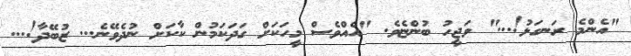
"އެންމެ ރަނގަޅު!..." ވަޖީހު ބުންޏެވެ. "އެއްވެސް މީހަކަށް ގަދަކަމުން ކާކަށް ނުދެވޭނެ... ޒުބޭދާ!...